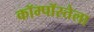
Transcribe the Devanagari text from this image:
कॉम्पॉस्तेला